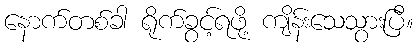
နောက်တစ်ခါ ရိုက်ခွင့်ရဖို့ ကျိန်းသေသွားပြီ။